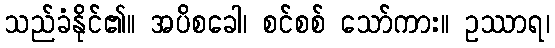
သည်ခံနိုင်၏။ အပိစခေါ၊ စင်စစ် သော်ကား။ ဥဿာရ၊